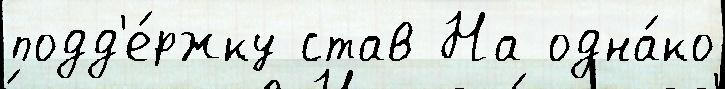
подд'е́ржку став На одна́ко